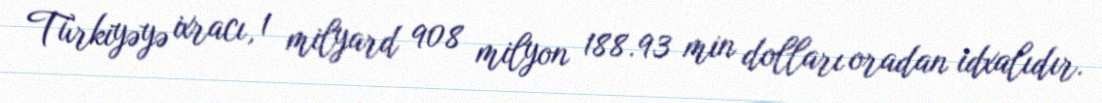
Türkiyəyə ixracı, 1 milyard 908 milyon 188.93 min dolları oradan idxalıdır.